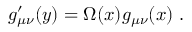
g _ { \mu \nu } ^ { \prime } ( y ) = \Omega ( x ) g _ { \mu \nu } ( x ) \; .